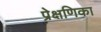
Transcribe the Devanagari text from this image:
प्रेक्षणिका